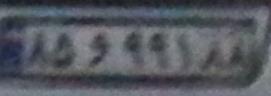
۸۵و۹۹۱۸۸